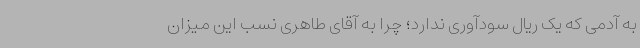
به آدمی که یک ریال سودآوری ندارد؛ چرا به آقای طاهری نسب این میزان